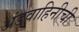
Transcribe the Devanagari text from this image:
अंडवाहिनीची